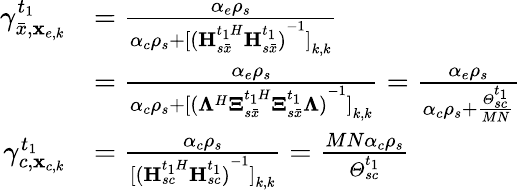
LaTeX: \begin{array}{rl}{\gamma_{\bar{x},{{\mathbf{x}}_{e,k}}}^{{t_{1}}}}&{=\frac{{{\alpha_{e}}{\rho_{s}}}}{{{\alpha_{c}}{\rho_{s}}+{{[{{({\mathbf{H}}{{_{s\bar{x}}^{{t_{1}}H}}}{\mathbf{H}}_{s\bar{x}}^{{t_{1}}})}^{-1}}]}_{k,k}}}}}\\ &{=\frac{{{\alpha_{e}}{\rho_{s}}}}{{{\alpha_{c}}{\rho_{s}}+{{[{{({{\mathbf{\Lambda}}^{H}}{\mathbf{\Xi}}{{_{s\bar{x}}^{{t_{1}}H}}}{\mathbf{\Xi}}_{s\bar{x}}^{{t_{1}}}{\mathbf{\Lambda}})}^{-1}}]}_{k,k}}}}=\frac{{{\alpha_{e}}{\rho_{s}}}}{{{\alpha_{c}}{\rho_{s}}+\frac{{\varTheta_{sc}^{{t_{1}}}}}{{MN}}}}}\\ {\gamma_{c,{{\mathbf{x}}_{c,k}}}^{{t_{1}}}}&{=\frac{{{\alpha_{c}}{\rho_{s}}}}{{{{[{{({\mathbf{H}}{{_{sc}^{{t_{1}}H}}}{\mathbf{H}}_{sc}^{{t_{1}}})}^{-1}}]}_{k,k}}}}=\frac{{MN{\alpha_{c}}{\rho_{s}}}}{{\varTheta_{sc}^{{t_{1}}}}}}\end{array}